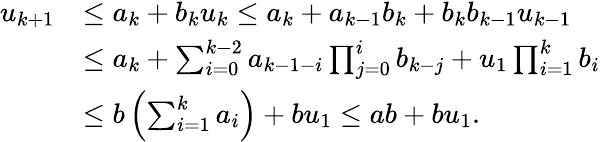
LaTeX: \begin{array}{rl}{u_{k+1}}&{\leq a_{k}+b_{k}u_{k}\leq a_{k}+a_{k-1}b_{k}+b_{k}b_{k-1}u_{k-1}}\\ &{\leq a_{k}+\sum_{i=0}^{k-2}a_{k-1-i}\prod_{j=0}^{i}b_{k-j}+u_{1}\prod_{i=1}^{k}b_{i}}\\ &{\leq b\left(\sum_{i=1}^{k}a_{i}\right)+bu_{1}\leq ab+bu_{1}.}\end{array}